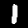
Digit: 1